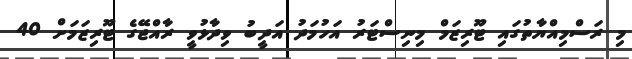
މި ރަސްމިއްޔާތުގައި ޓޫރިޒަމް މިނިސްޓަރު އަހުމަދު އަދީބު ވިދާޅުވީ ރާއްޖޭގެ ޓޫރިޒަމަށް 40